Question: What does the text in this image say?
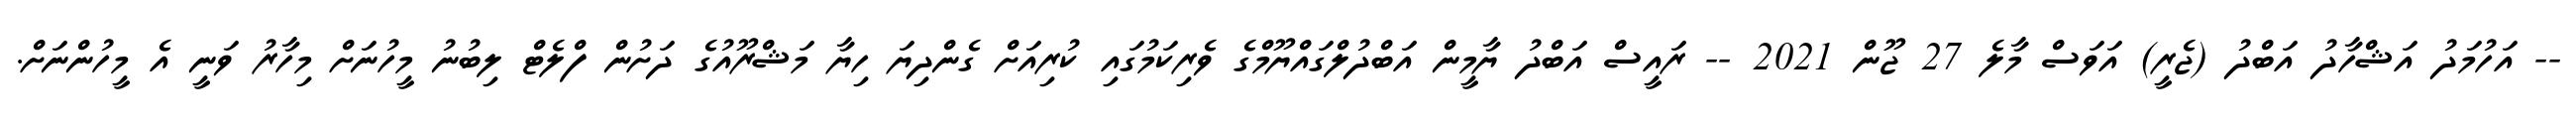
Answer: -- އަހުމަދު އަޝްހާދު އަބްދު (ޖެރީ) އަވަސް މާލެ 27 ޖޫން 2021 -- ރައީސް އަބްދު ޔާމީން އަބްދުލްގައްޔޫމްގެ ވެރިކަމުގައި ކުރިއަށް ގެންދިޔަ ހިޔާ މަޝްރޫއުގެ ދަށުން ފްލެޓް ލިބުނު މީހުނަށް މިހާރު ވަނީ އެ މީހުންނަށް.